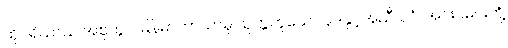
ထိုပရိယာယ် အစုတွင် မြန်မာဘာသာမှ သုက္ကဟူသော ပုဒ်နှင့်အညီ ပုဂံ၊ အင်းဝမင်းတို့